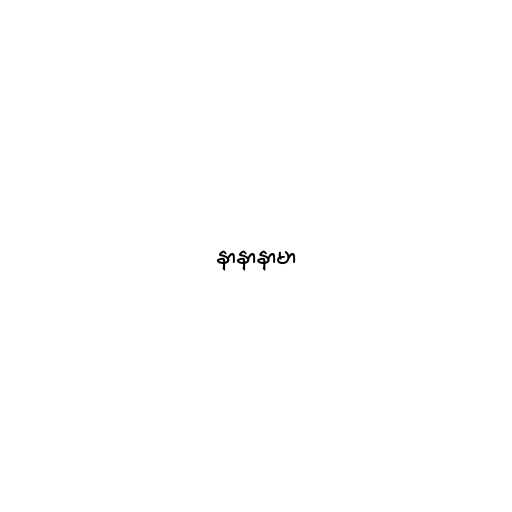
နာနာနာမာ